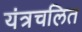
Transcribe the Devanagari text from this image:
यंत्रचलित